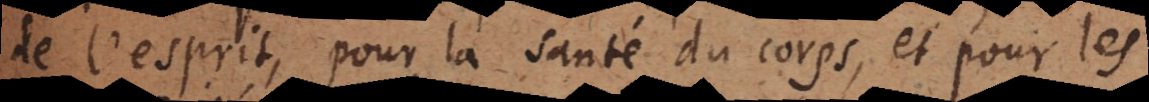
pour la santé du corps, et pour les